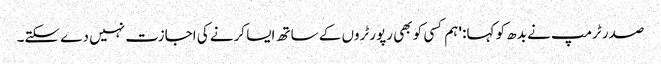
صدر ٹرمپ نے بدھ کو کہا: 'ہم کسی کو بھی رپورٹروں کے ساتھ ایسا کرنے کی اجازت نہیں دے سکتے۔